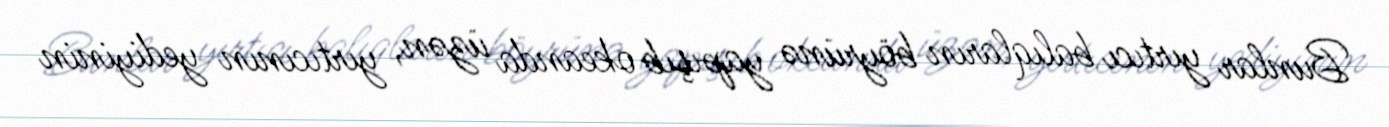
Bunlar yırtıcı balıqların böyrünə yapışıb okeanda üzən, yırtıcının yediyinin